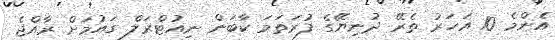
އެންމެ 10 އަހަރު ތެރޭ ދުނިޔޭގެ ފުރަތަމަ ކާބަން ނިއުޓްރަލް ގައުމަށް ރާއްޖެ